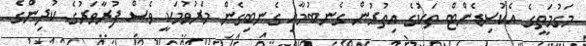
މަގުމަތީގެ އެކުސިޑެންޓް ތަކުގެ އިތުރުން ގެނބުމާއި ގެނބިގެން މަރުވުމަކީ ވެސް ފުރާވަރުގެ ކުދިންގެ